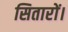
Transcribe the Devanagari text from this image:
सितारों।